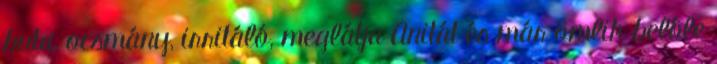
buta, ocsmány, irritáló, meglátja Anitát és már ömlik belôle